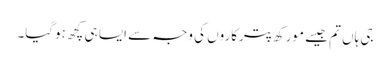
جی ہاں تم جیسے مورکھ پترکاروں کی وجہ سے ایسا ہی کچھ ہوگیا۔